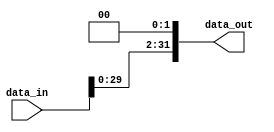
module shift_left32_32 (

     input  wire [31:0] data_in,
     output wire [31:0] data_out

);
    
    wire [31:0] out1;

    assign data_out     = {data_in,2'b0};

endmodule